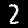
Digit: 2